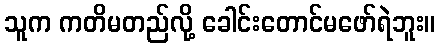
သူက ကတိမတည်လို့ ခေါင်းတောင်မဖော်ရဲဘူး။